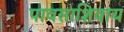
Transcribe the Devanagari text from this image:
पावसाशिवाय